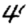
Digit: 4